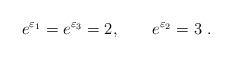
LaTeX: \begin{align*}e^{\varepsilon _{1}}=e^{\varepsilon _{3}}=2,\qquad e^{\varepsilon _{2}}=3~.\end{align*}